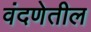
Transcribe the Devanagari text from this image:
वंदणेतील